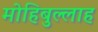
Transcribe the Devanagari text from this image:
मोहिबुल्लाह